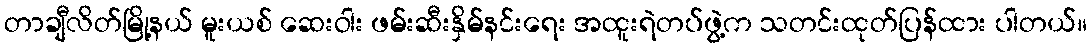
တာချီလိတ်မြို့နယ် မူးယစ် ဆေးဝါး ဖမ်းဆီးနှိမ်နင်းရေး အထူးရဲတပ်ဖွဲ့က သတင်းထုတ်ပြန်ထား ပါတယ်။